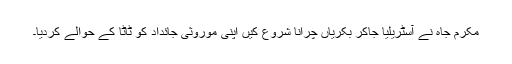
مکرم جاہ نے آسٹریلیا جاکر بکریاں چرانا شروع کیں اپنی موروثی جائداد کو ٹاٹا کے حوالے کردیا۔